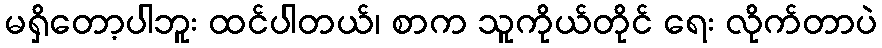
မရှိတော့ပါဘူး ထင်ပါတယ်၊ စာက သူကိုယ်တိုင် ရေး လိုက်တာပဲ